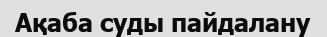
Ақаба суды пайдалану